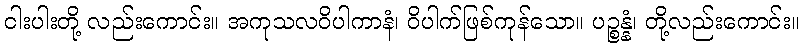
ငါးပါးတို့ လည်းကောင်း။ အကုသလဝိပါကာနံ၊ ဝိပါက်ဖြစ်ကုန်သော။ ပဉ္စန္နံ၊ တို့လည်းကောင်း။